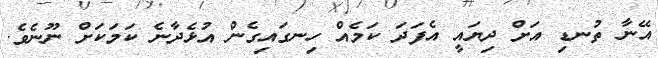
އޭނާ ތުނޑި އަށް ދިޔައީ އެފަދަ ކަމެއް ހިނގައިގެން އުޅެދާނެ ކަމަކަށް ނޫނެވެ.